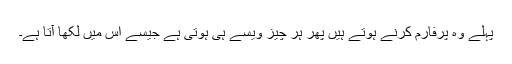
پہلے وہ پرفارم کرنے ہوتے ہیں پھر ہر چیز ویسے ہی ہوتی ہے جیسے اس میں لکھا آتا ہے۔